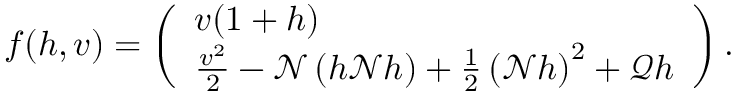
f ( h , v ) = \left( \begin{array} { l } { v ( 1 + h ) } \\ { \frac { v ^ { 2 } } { 2 } - \mathscr { N } \left( h \mathscr { N } h \right) + \frac { 1 } { 2 } \left( \mathscr { N } h \right) ^ { 2 } + \mathscr { Q } h } \end{array} \right) .